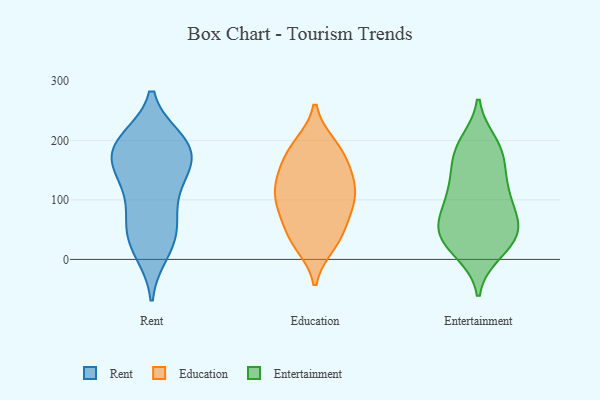
{"axis": {"x": "Revenue (USD Million)", "y": "Value"}, "legend": ["Education", "Entertainment", "Rent"], "data": [{"x": "", "y": 176, "type": "Rent"}, {"x": "", "y": 199, "type": "Rent"}, {"x": "", "y": 132, "type": "Rent"}, {"x": "", "y": 59, "type": "Rent"}, {"x": "", "y": 22, "type": "Rent"}, {"x": "", "y": 40, "type": "Rent"}, {"x": "", "y": 13, "type": "Rent"}, {"x": "", "y": 131, "type": "Rent"}, {"x": "", "y": 182, "type": "Rent"}, {"x": "", "y": 195, "type": "Rent"}, {"x": "", "y": 200, "type": "Rent"}, {"x": "", "y": 91, "type": "Rent"}, {"x": "", "y": 159, "type": "Rent"}, {"x": "", "y": 190, "type": "Rent"}, {"x": "", "y": 61, "type": "Rent"}, {"x": "", "y": 149, "type": "Rent"}, {"x": "", "y": 109, "type": "Education"}, {"x": "", "y": 43, "type": "Education"}, {"x": "", "y": 137, "type": "Education"}, {"x": "", "y": 193, "type": "Education"}, {"x": "", "y": 118, "type": "Education"}, {"x": "", "y": 97, "type": "Education"}, {"x": "", "y": 46, "type": "Education"}, {"x": "", "y": 84, "type": "Education"}, {"x": "", "y": 139, "type": "Education"}, {"x": "", "y": 142, "type": "Education"}, {"x": "", "y": 26, "type": "Education"}, {"x": "", "y": 192, "type": "Education"}, {"x": "", "y": 180, "type": "Education"}, {"x": "", "y": 24, "type": "Education"}, {"x": "", "y": 96, "type": "Education"}, {"x": "", "y": 166, "type": "Education"}, {"x": "", "y": 77, "type": "Education"}, {"x": "", "y": 195, "type": "Entertainment"}, {"x": "", "y": 107, "type": "Entertainment"}, {"x": "", "y": 184, "type": "Entertainment"}, {"x": "", "y": 17, "type": "Entertainment"}, {"x": "", "y": 61, "type": "Entertainment"}, {"x": "", "y": 116, "type": "Entertainment"}, {"x": "", "y": 44, "type": "Entertainment"}, {"x": "", "y": 175, "type": "Entertainment"}, {"x": "", "y": 74, "type": "Entertainment"}, {"x": "", "y": 56, "type": "Entertainment"}, {"x": "", "y": 12, "type": "Entertainment"}, {"x": "", "y": 145, "type": "Entertainment"}, {"x": "", "y": 96, "type": "Entertainment"}, {"x": "", "y": 42, "type": "Entertainment"}, {"x": "", "y": 30, "type": "Entertainment"}, {"x": "", "y": 185, "type": "Entertainment"}, {"x": "", "y": 128, "type": "Entertainment"}, {"x": "", "y": 50, "type": "Entertainment"}]}